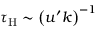
\tau _ { \mathrm { H } } \sim \left( u ^ { \prime } k \right) ^ { - 1 }